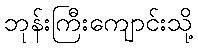
ဘုန်းကြီးကျောင်းသို့